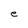
Character: e